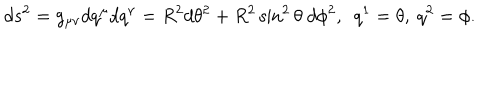
d s ^ { 2 } = g _ { \mu \nu } d q ^ { \mu } d q ^ { \nu } = R ^ { 2 } d \theta ^ { 2 } + R ^ { 2 } \sin ^ { 2 } \theta ~ d \phi ^ { 2 } , ~ ~ q ^ { 1 } = \theta , ~ q ^ { 2 } = \phi .